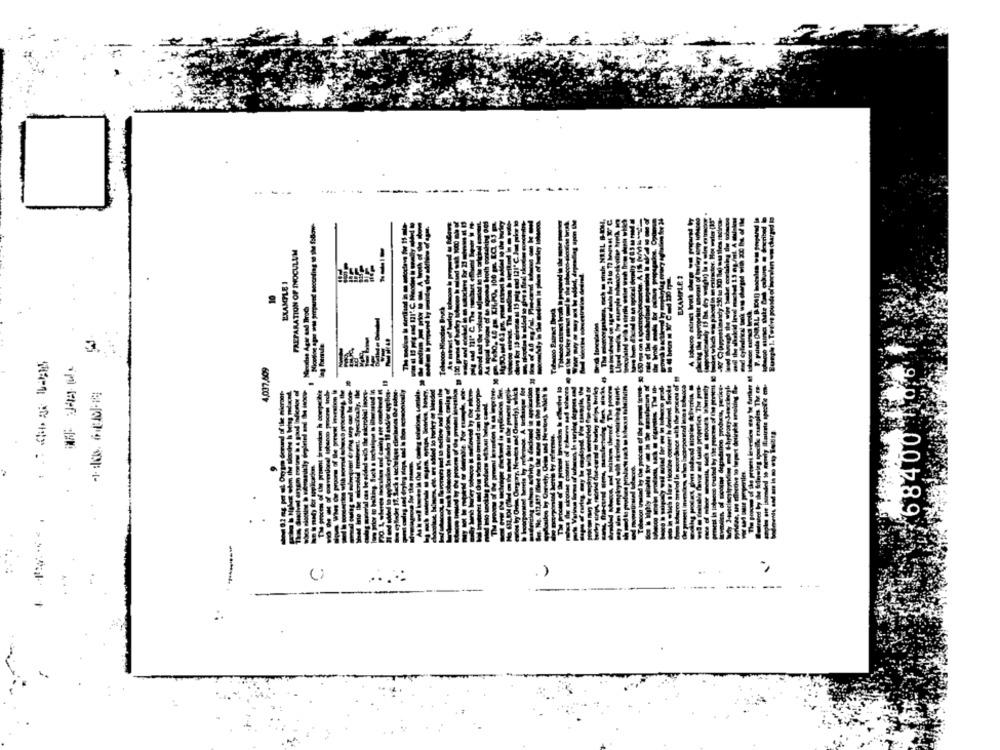
..---
----
PREPARATION OF INOCULLM
EXAMPLE 2
EXAMPLE 1
----
HONVARL
3
609 LED'Y
68400